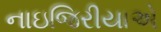
નાઇજિરીયાએ